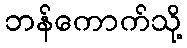
ဘန်ကောက်သို့